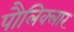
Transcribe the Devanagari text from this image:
पौलिक्लार